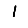
Digit: 1